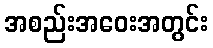
အစည်းအဝေးအတွင်း